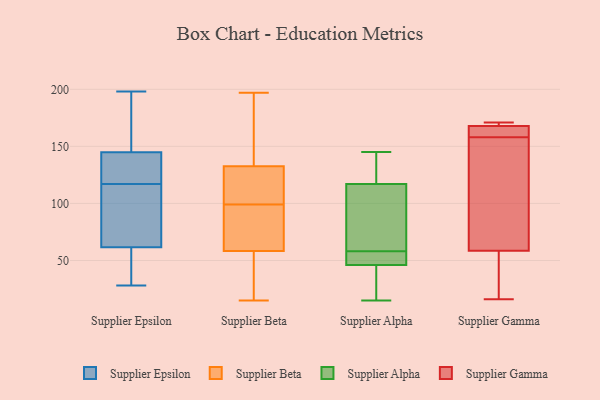
{"axis": {"x": "Inventory Turnover", "y": "Value"}, "legend": ["Supplier Alpha", "Supplier Beta", "Supplier Epsilon", "Supplier Gamma"], "data": [{"x": "", "y": 90, "type": "Supplier Epsilon"}, {"x": "", "y": 133, "type": "Supplier Epsilon"}, {"x": "", "y": 52, "type": "Supplier Epsilon"}, {"x": "", "y": 159, "type": "Supplier Epsilon"}, {"x": "", "y": 40, "type": "Supplier Epsilon"}, {"x": "", "y": 153, "type": "Supplier Epsilon"}, {"x": "", "y": 28, "type": "Supplier Epsilon"}, {"x": "", "y": 62, "type": "Supplier Epsilon"}, {"x": "", "y": 78, "type": "Supplier Epsilon"}, {"x": "", "y": 133, "type": "Supplier Epsilon"}, {"x": "", "y": 142, "type": "Supplier Epsilon"}, {"x": "", "y": 117, "type": "Supplier Epsilon"}, {"x": "", "y": 198, "type": "Supplier Epsilon"}, {"x": "", "y": 120, "type": "Supplier Epsilon"}, {"x": "", "y": 115, "type": "Supplier Epsilon"}, {"x": "", "y": 153, "type": "Supplier Epsilon"}, {"x": "", "y": 60, "type": "Supplier Epsilon"}, {"x": "", "y": 58, "type": "Supplier Beta"}, {"x": "", "y": 22, "type": "Supplier Beta"}, {"x": "", "y": 197, "type": "Supplier Beta"}, {"x": "", "y": 43, "type": "Supplier Beta"}, {"x": "", "y": 135, "type": "Supplier Beta"}, {"x": "", "y": 103, "type": "Supplier Beta"}, {"x": "", "y": 59, "type": "Supplier Beta"}, {"x": "", "y": 125, "type": "Supplier Beta"}, {"x": "", "y": 75, "type": "Supplier Beta"}, {"x": "", "y": 104, "type": "Supplier Beta"}, {"x": "", "y": 99, "type": "Supplier Beta"}, {"x": "", "y": 193, "type": "Supplier Beta"}, {"x": "", "y": 15, "type": "Supplier Beta"}, {"x": "", "y": 70, "type": "Supplier Beta"}, {"x": "", "y": 135, "type": "Supplier Beta"}, {"x": "", "y": 117, "type": "Supplier Alpha"}, {"x": "", "y": 29, "type": "Supplier Alpha"}, {"x": "", "y": 145, "type": "Supplier Alpha"}, {"x": "", "y": 46, "type": "Supplier Alpha"}, {"x": "", "y": 56, "type": "Supplier Alpha"}, {"x": "", "y": 47, "type": "Supplier Alpha"}, {"x": "", "y": 129, "type": "Supplier Alpha"}, {"x": "", "y": 73, "type": "Supplier Alpha"}, {"x": "", "y": 15, "type": "Supplier Alpha"}, {"x": "", "y": 60, "type": "Supplier Alpha"}, {"x": "", "y": 66, "type": "Supplier Gamma"}, {"x": "", "y": 46, "type": "Supplier Gamma"}, {"x": "", "y": 170, "type": "Supplier Gamma"}, {"x": "", "y": 158, "type": "Supplier Gamma"}, {"x": "", "y": 171, "type": "Supplier Gamma"}, {"x": "", "y": 56, "type": "Supplier Gamma"}, {"x": "", "y": 167, "type": "Supplier Gamma"}, {"x": "", "y": 126, "type": "Supplier Gamma"}, {"x": "", "y": 168, "type": "Supplier Gamma"}, {"x": "", "y": 158, "type": "Supplier Gamma"}, {"x": "", "y": 16, "type": "Supplier Gamma"}]}